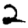
Digit: 2